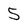
Character: 5